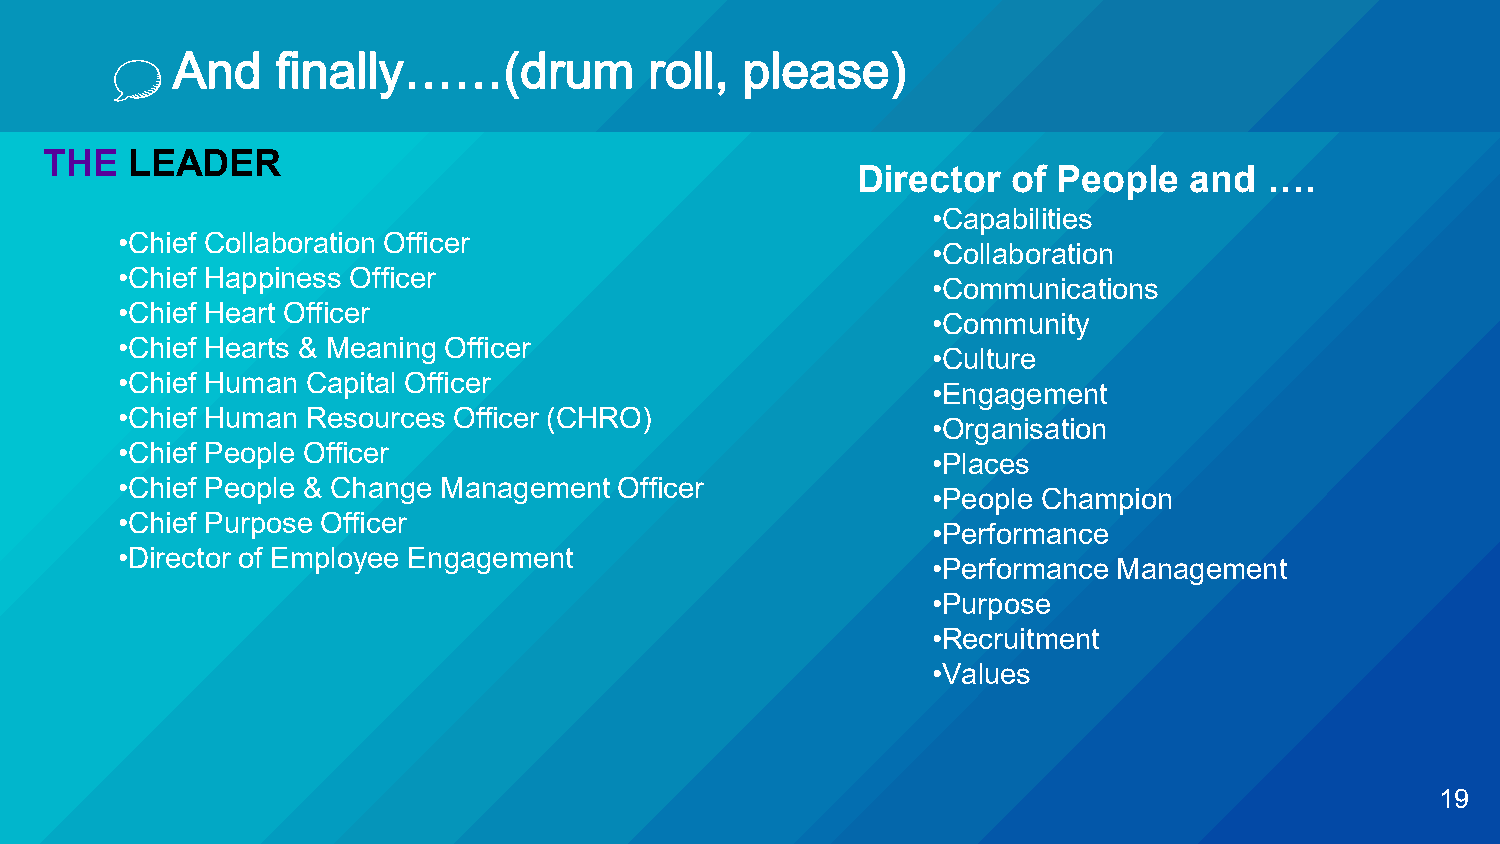
And    finally……(drum           roll, please)
 THE  LEADER
 Director  of People   and  ….
 •Capabilities
 •Chief Collaboration Officer
 •Collaboration
 •Chief Happiness Officer
 •Communications
 •Chief Heart Officer
 •Community
 •Chief Hearts & Meaning Officer
 •Culture
 •Chief Human Capital Officer
 •Engagement
 •Chief Human Resources Officer (CHRO)
 •Organisation
 •Chief People Officer
 •Places
 •Chief People & Change Management Officer
 •People Champion
 •Chief Purpose Officer
 •Performance
 •Director of Employee Engagement
 •Performance Management
 •Purpose
 •Recruitment
 •Values
 19